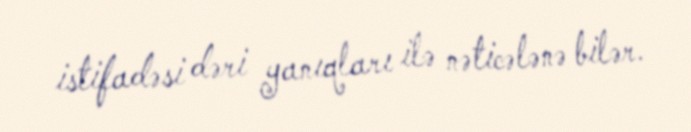
istifadəsi dəri yanıqları ilə nəticələnə bilər.